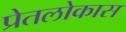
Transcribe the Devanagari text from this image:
प्रेतलोकास